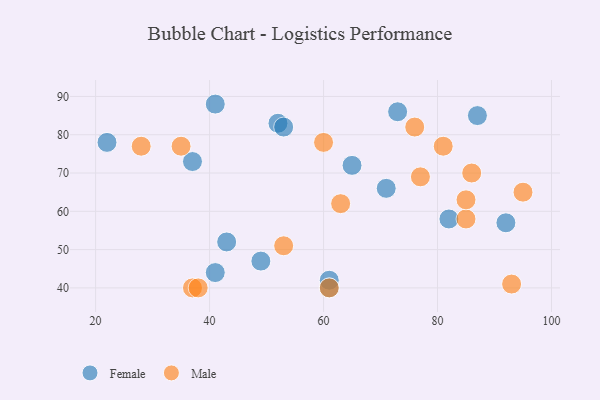
{"axis": {"x": "GDP", "y": "Life Expectancy"}, "legend": ["Female", "Male"], "data": [{"x": "65", "y": 72, "type": "Female"}, {"x": "82", "y": 58, "type": "Female"}, {"x": "92", "y": 57, "type": "Female"}, {"x": "61", "y": 42, "type": "Female"}, {"x": "41", "y": 44, "type": "Female"}, {"x": "52", "y": 83, "type": "Female"}, {"x": "37", "y": 73, "type": "Female"}, {"x": "22", "y": 78, "type": "Female"}, {"x": "53", "y": 82, "type": "Female"}, {"x": "73", "y": 86, "type": "Female"}, {"x": "49", "y": 47, "type": "Female"}, {"x": "61", "y": 40, "type": "Female"}, {"x": "43", "y": 52, "type": "Female"}, {"x": "87", "y": 85, "type": "Female"}, {"x": "41", "y": 88, "type": "Female"}, {"x": "71", "y": 66, "type": "Female"}, {"x": "86", "y": 70, "type": "Male"}, {"x": "81", "y": 77, "type": "Male"}, {"x": "95", "y": 65, "type": "Male"}, {"x": "53", "y": 51, "type": "Male"}, {"x": "93", "y": 41, "type": "Male"}, {"x": "35", "y": 77, "type": "Male"}, {"x": "60", "y": 78, "type": "Male"}, {"x": "85", "y": 58, "type": "Male"}, {"x": "61", "y": 40, "type": "Male"}, {"x": "37", "y": 40, "type": "Male"}, {"x": "77", "y": 69, "type": "Male"}, {"x": "63", "y": 62, "type": "Male"}, {"x": "38", "y": 40, "type": "Male"}, {"x": "76", "y": 82, "type": "Male"}, {"x": "28", "y": 77, "type": "Male"}, {"x": "85", "y": 63, "type": "Male"}]}